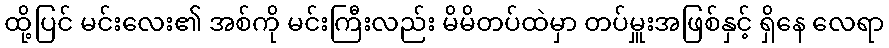
ထို့ပြင် မင်းလေး၏ အစ်ကို မင်းကြီးလည်း မိမိတပ်ထဲမှာ တပ်မှူးအဖြစ်နှင့် ရှိနေ လေရာ